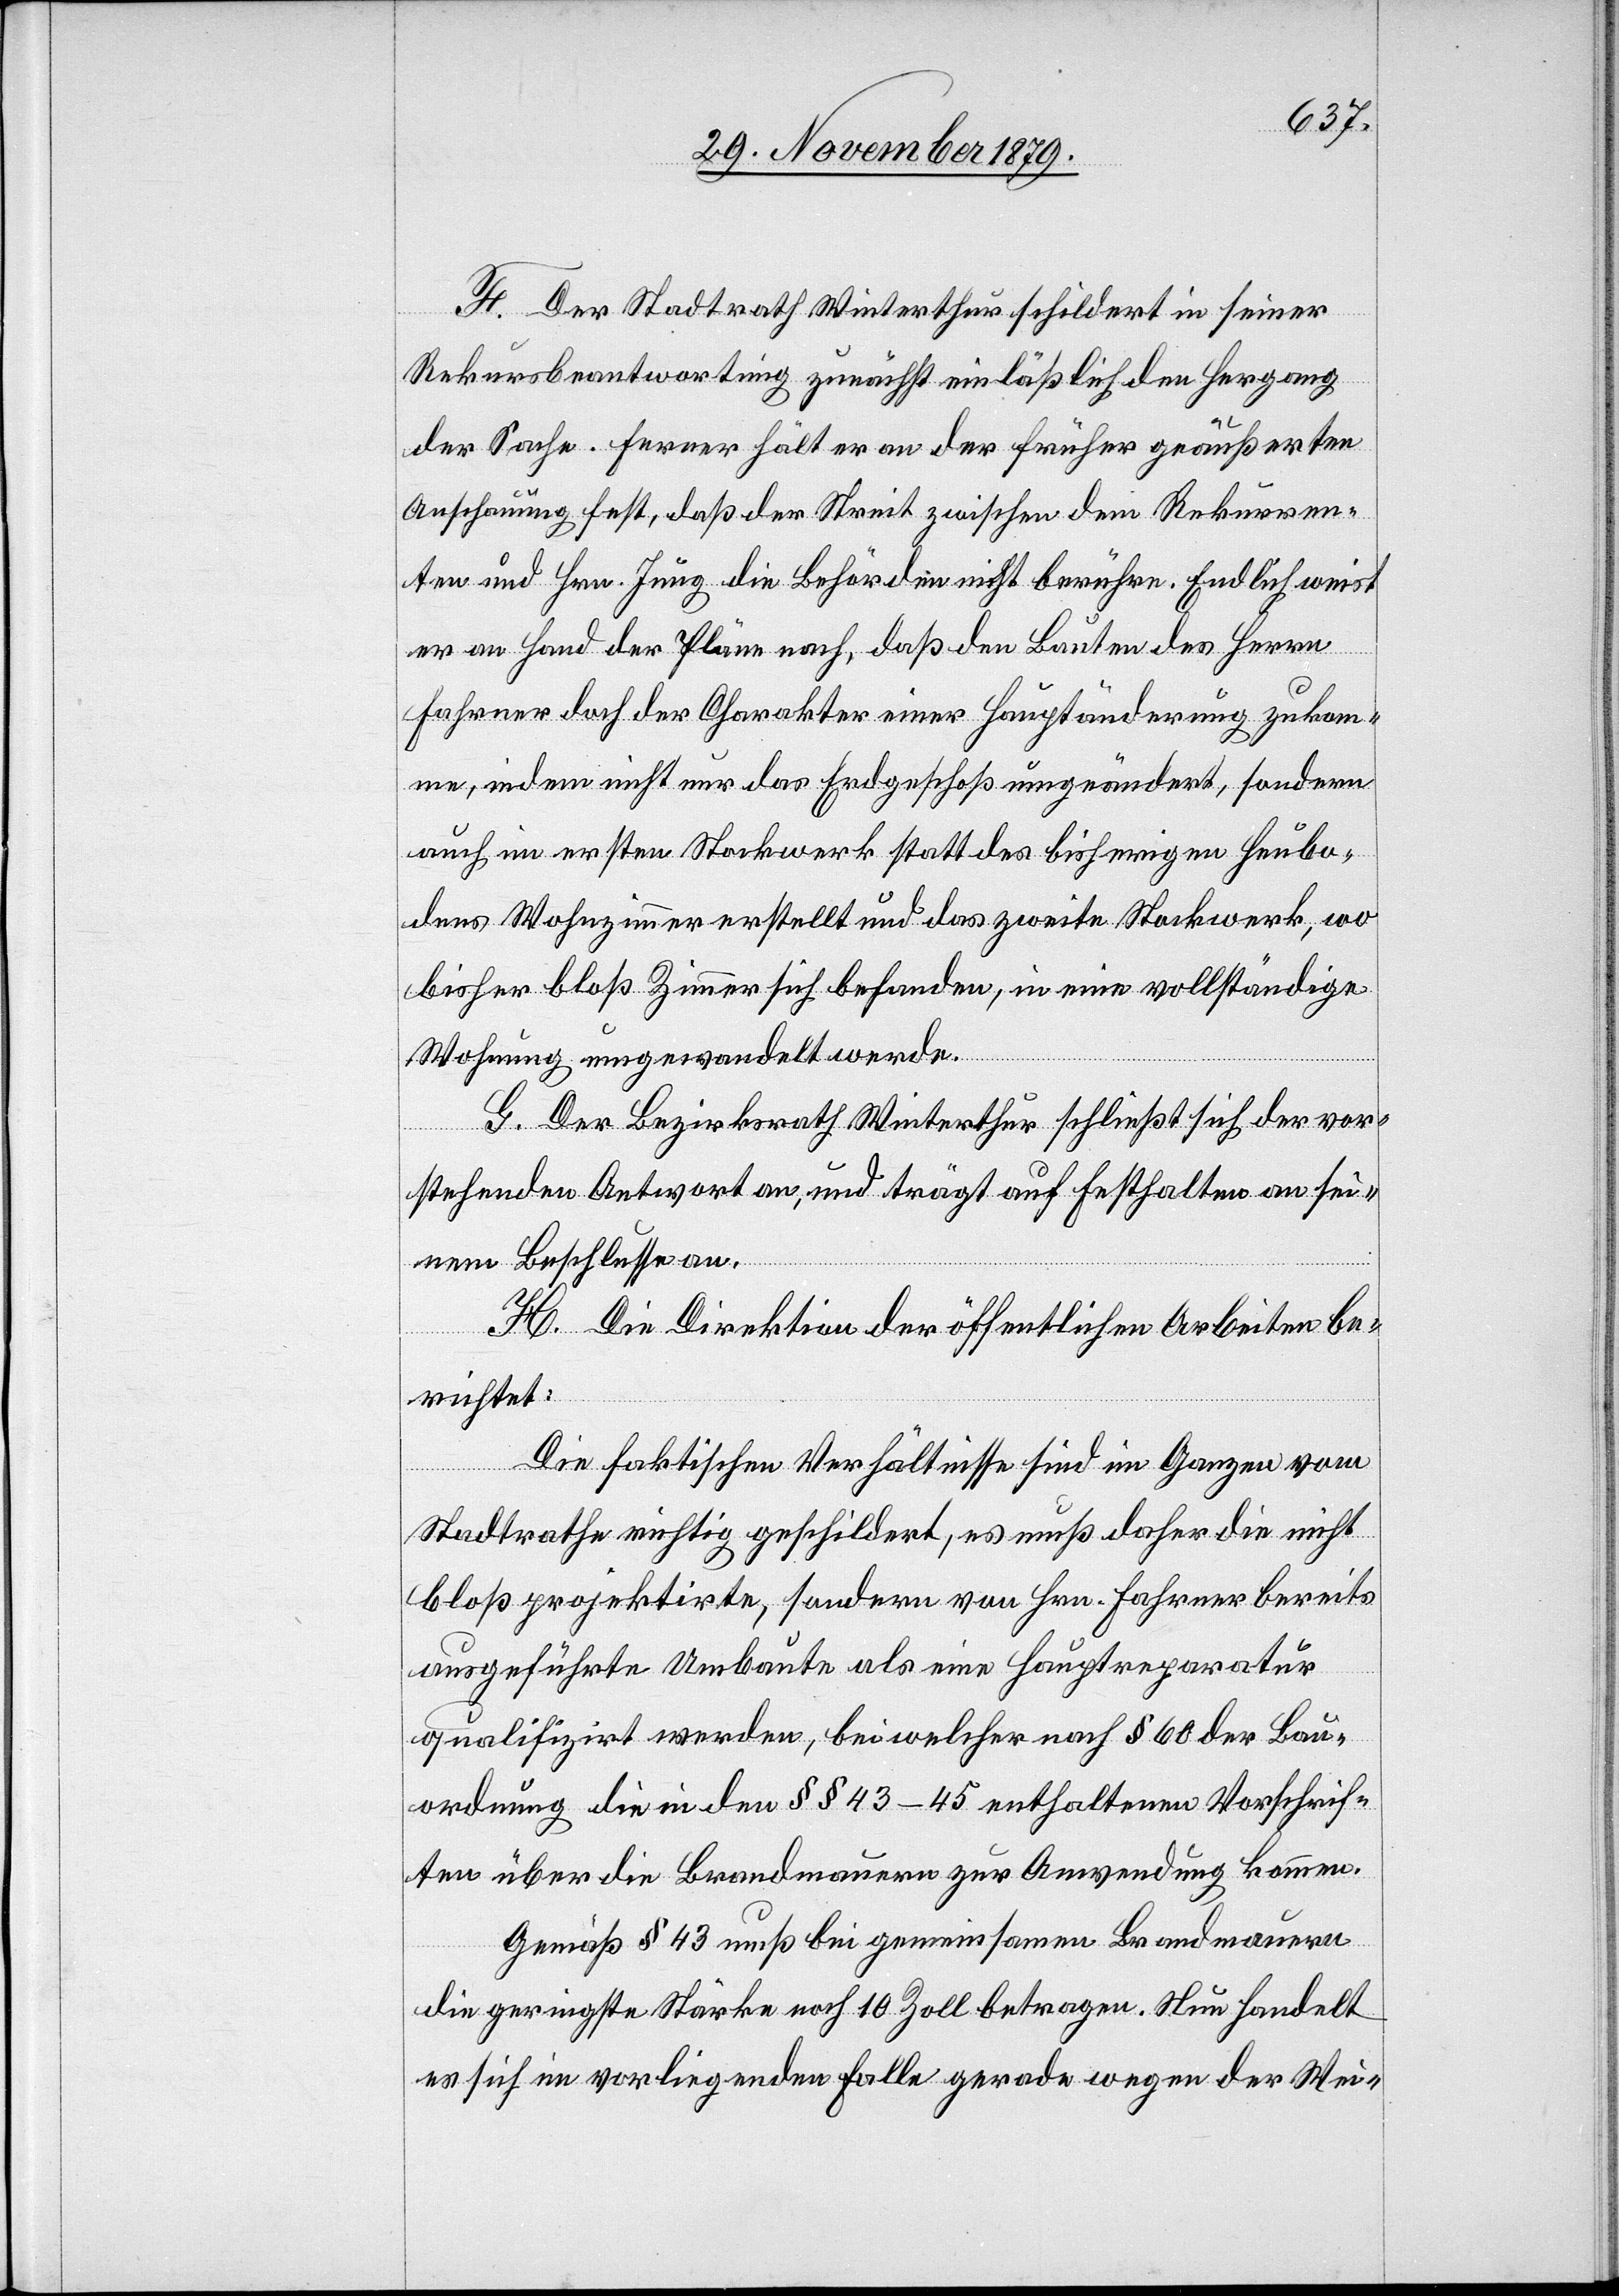
F. Der Stadtrath Winterthur schildert in seiner
Rekursbeantwortung zunächst einläßlich den Hergang
der Sache. Ferner hält er an der früher geäußerten
Anschauung fest, daß der Streit zwischen dem Rekurren¬
ten und Hrn. Jung die Behörden nicht berühre. Endlich weist
er an Hand der Pläne nach, daß den Bauten des Herrn
Fahrer doch der Charakter einer Hauptänderung zukom¬
me, indem nicht nur das Erdgeschoß umgeändert, sondern
auch im ersten Stockwerk statt des bisherigen Heubo¬
dens Wohnzimmer erstellt und das zweite Stockwerk, wo
bisher bloß Zimmer sich befanden, in eine vollständige
Wohnung umgewandelt werde.
G. Der Bezirksrath Winterthur schließt sich der vor¬
stehenden Antwort an, und trägt auf Festhalten an sei¬
nem Beschlusse an.
H. Die Direktion der öffentlichen Arbeiten be¬
richtet:
Die faktischen Verhältnisse sind im Ganzen vom
Stadtrath richtig geschildert, es muß daher die nicht
bloß projektirte, sondern von Hrn. Fahrer bereits
ausgeführte Umbaute als eine Hauptreparatur
qualifizirt werden, bei welcher nach § 60 der Bau¬
ordnung die in den §§ 43–45 enthaltenen Vorschrif¬
ten über die Brandmauern zur Anwendung kommen.
Gemäß § 43 muß bei gemeinsamen Brandmauern
die geringste Stärke noch 10 Zoll betragen. Nun handelt
es sich im vorliegenden Falle gerade wegen der Wei-